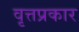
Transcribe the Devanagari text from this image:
वृत्तप्रकार